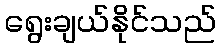
ရွေးချယ်နိုင်သည်